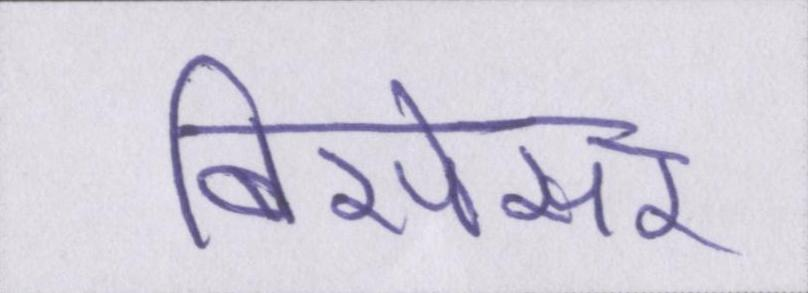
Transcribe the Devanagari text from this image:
बिसेसर